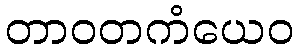
တာဝတကံယေဝ